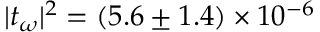
| t _ { \omega } | ^ { 2 } = ( 5 . 6 \pm 1 . 4 ) \times 1 0 ^ { - 6 }